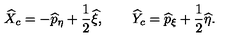
\widehat { X } _ { c } = - \widehat { p } _ { \eta } + \frac { 1 } { 2 } \widehat { \xi } , \qquad \widehat { Y } _ { c } = \widehat { p } _ { \xi } + \frac { 1 } { 2 } \widehat { \eta } .